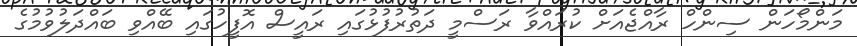
މަންމޯހަން ސިންހް ރާއްޖެއަށް ކުރައްވާ ރަސްމީ ދަތުރުފުޅުގައި ރައީސް އޮފީހުގައި ބޭއްވި ބައްދަލުވުމުގެ